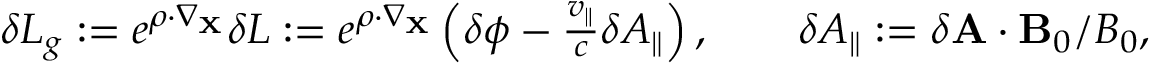
\begin{array} { r } { \delta L _ { g } : = e ^ { \boldsymbol { \rho } \cdot \nabla _ { \mathbf { X } } } \delta L : = e ^ { \boldsymbol { \rho } \cdot \nabla _ { \mathbf { X } } } \left( \delta \phi - \frac { v _ { \parallel } } { c } \delta A _ { \parallel } \right) , \qquad \delta A _ { \parallel } : = \delta \mathbf { A } \cdot \mathbf { B } _ { 0 } / B _ { 0 } , } \end{array}